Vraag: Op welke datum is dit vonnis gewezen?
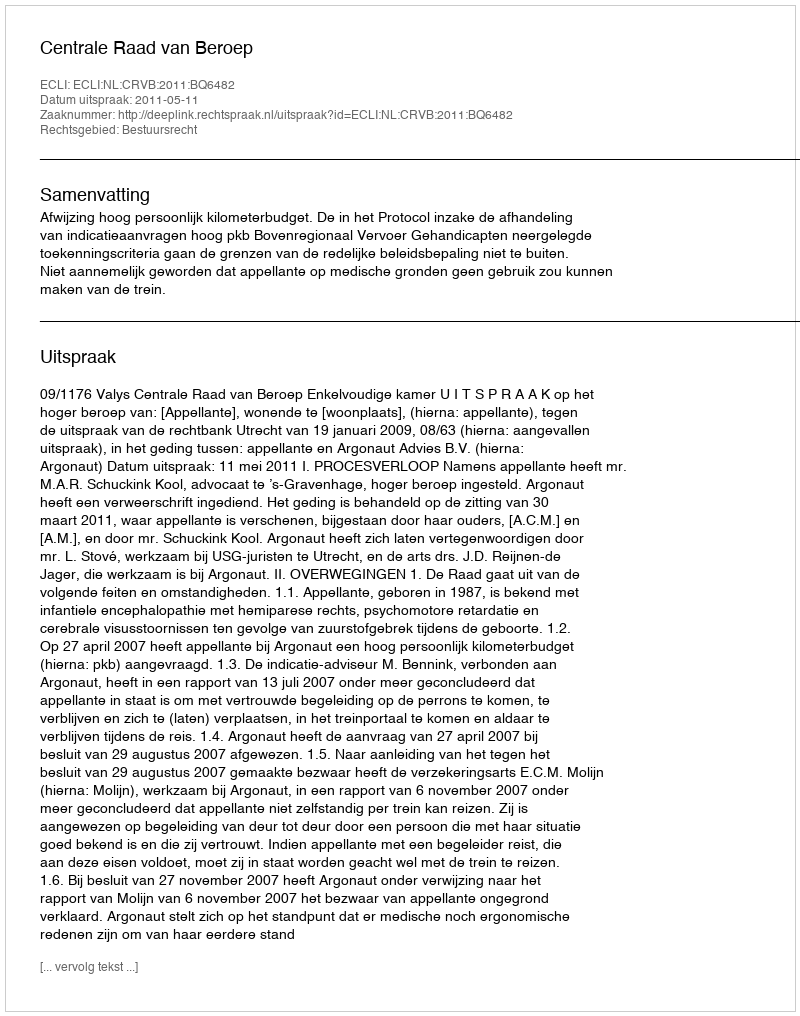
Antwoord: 2011-05-11